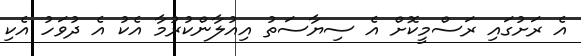
އެ ރަށުގައި ރަސްމީކޮށް އެ ސިޔާސަތު އިއުލާންކުރުމާ އެކު އެ ދުވަހު އެކި